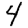
Digit: 4